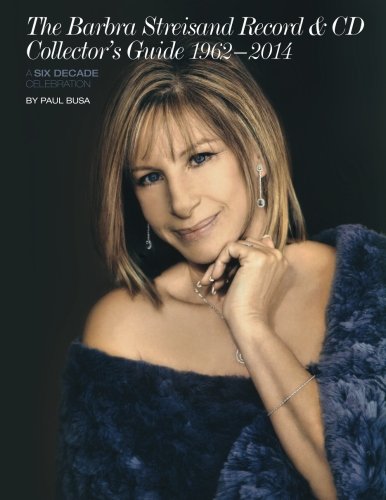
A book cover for The Barbra Streisand Record & CD Collector's Guide 1962-2014 A Six-Decade Celebration; Paul Busa; Crafts, Hobbies & Home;